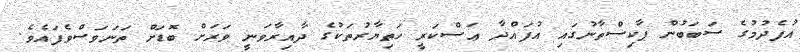
އުފެދުމުގެ ސަބަބުން ޕާކިސްތާނުގައި އުފައްދާ ޢަސްކަރީ ހަތިޔާރުތަކުގެ ދާއިރާވަނީ ވަރަށް ބޮޑަށް ތަނަވަސްވެފައެވެ.